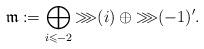
LaTeX: \begin{align*}\mathfrak{m}:=\bigoplus_{i\leqslant -2}{\ggg}(i)\oplus{\ggg}(-1)^{\prime}. \end{align*}